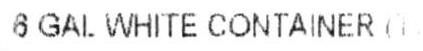
6 GAL WHITE CONTAINER